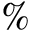
\%